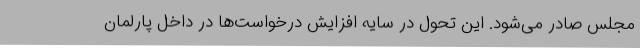
مجلس صادر می‌شود. این تحول در سایه افزایش درخواست‌ها در داخل پارلمان